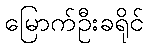
မြောက်ဦးခရိုင်